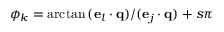
\phi _ { k } = \arctan { ( \mathbf { e } _ { l } \cdot \mathbf { q } ) / ( \mathbf { e } _ { j } \cdot \mathbf { q } ) } + s \pi